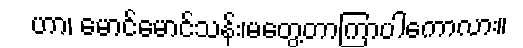
ဟာ၊ မောင်မောင်သန်း၊မတွေ့တာကြာပါကောလား။